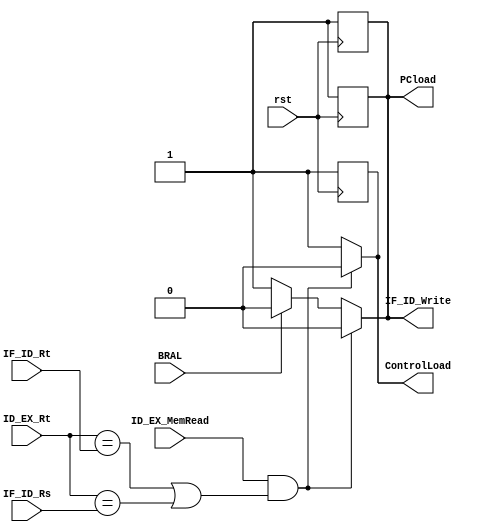
module Hazard_Detection_Unit(PCload,IF_ID_Write,ID_EX_Rt,IF_ID_Rt,ControlLoad,ID_EX_MemRead,IF_ID_Rs,rst,BRAL);
input [4:0] ID_EX_Rt,IF_ID_Rt,IF_ID_Rs;
input ID_EX_MemRead,rst,BRAL;
output reg PCload, IF_ID_Write, ControlLoad;


always @(ID_EX_Rt or IF_ID_Rt or IF_ID_Rs or ID_EX_MemRead or BRAL)
begin
 
if ((ID_EX_MemRead) && ((ID_EX_Rt==IF_ID_Rt)|(ID_EX_Rt==IF_ID_Rs)))
begin
	PCload=0; 
	IF_ID_Write=0;
	ControlLoad=0;
end
else if (BRAL)
begin
	PCload=0; 
	IF_ID_Write=0;
	ControlLoad=1;
end
else
begin 
	PCload=1; 
	IF_ID_Write=1;
	ControlLoad=1;
end
end

always @(posedge rst)
begin
	PCload=1;
	IF_ID_Write=1;
	ControlLoad=1;
end

endmodule